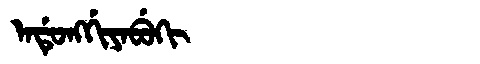
Manchu: ᠠᡩᡠᠩᡤᡳᠶᠠᠪᡠᡴᡳ
Romanization: ADUNGGIYABUKI